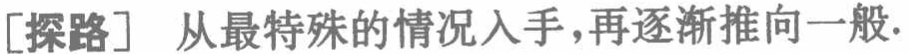
[探路] 从最特殊的情况入手,再逐渐推向一般.